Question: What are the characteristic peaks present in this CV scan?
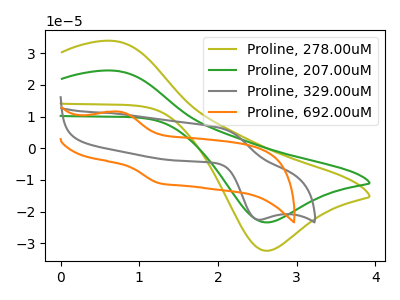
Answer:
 <answer>The olive curve "Proline, 278.00uM" has an anodic peak at (0.65V, 33.90uA) and a cathodic peak at (2.60V, -32.35uA). The green curve "Proline, 207.00uM" has an anodic peak at (0.65V, 24.55uA) and a cathodic peak at (2.60V, -23.40uA). The gray curve "Proline, 329.00uM" has an anodic peak at (2.05V, 6.30uA) and a cathodic peak at (2.50V, -22.55uA). The orange curve "Proline, 692.00uM" has an anodic peak at (0.75V, 11.55uA) and a cathodic peak at (1.25V, -11.00uA).</answer>
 <eval></eval>